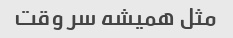
مثل همیشه سر وقت